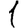
Digit: 1